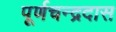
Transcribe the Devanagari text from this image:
पूर्णचन्द्रदास